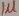
Text: 1µ